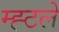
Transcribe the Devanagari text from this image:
म्ह्टले